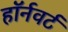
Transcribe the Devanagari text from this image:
हॉर्नवर्ट